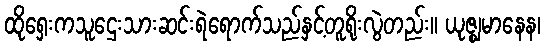
ထိုရှေးကသူဌေးသားဆင်းရဲရောက်သည်နှင့်တူရိုးလွဲတည်း။ ယုဇ္ဈမာနေန၊